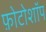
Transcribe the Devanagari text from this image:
फ़ोटोशॉप